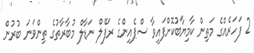
2 ފަހަރެއްގެ މަތިން ކާމިޔާބުކޮށްފައިވާ ސްޕެއިންގެ ރަފޭލް ނަޑާލް މުބާރާތުގެ ތިންވަނަ ބުރުން